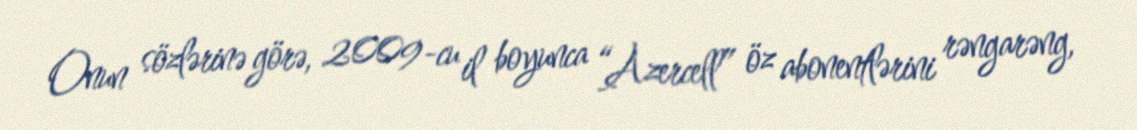
Onun sözlərinə görə, 2009-cu il boyunca “Azercell” öz abonentlərini rəngarəng,